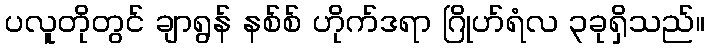
ပလူတိုတွင် ချာရွန် နစ်စ် ဟိုက်ဒရာ ဂြိုဟ်ရံလ ၃ခုရှိသည်။